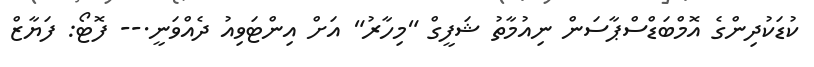
ކުޑަކުދިންގެ އޮމްބަޑްސްޕާސަން ނިއުމާތު ޝަފީގް "މިހާރު" އަށް އިންޓަވިއު ދެއްވަނީ.-- ފޮޓޯ: ފަޔާޒް